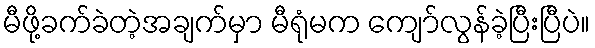
မီဖို့ခက်ခဲတဲ့အချက်မှာ မီရုံမက ကျော်လွန်ခဲ့ပြီးပြီပဲ။